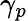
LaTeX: \gamma_{p}